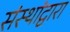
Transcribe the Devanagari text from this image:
संस्थांद्वारा